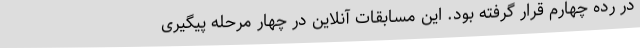
در رده چهارم قرار گرفته بود. این مسابقات آنلاین در چهار مرحله پیگیری